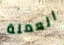
العملة